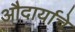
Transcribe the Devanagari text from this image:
औदार्याचे